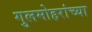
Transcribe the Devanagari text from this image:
गुलमोहरांच्या